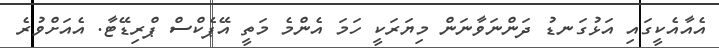
އެއާއެކީގައި އަޅުގަނޑު ދަންނަވާނަން މިޔަރަކީ ހަމަ އެންމެ މަތީ އޭޕެކްސް ޕްރިޑޭޓާ. އެއަށްވުރެ